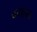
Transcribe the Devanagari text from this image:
वमहल